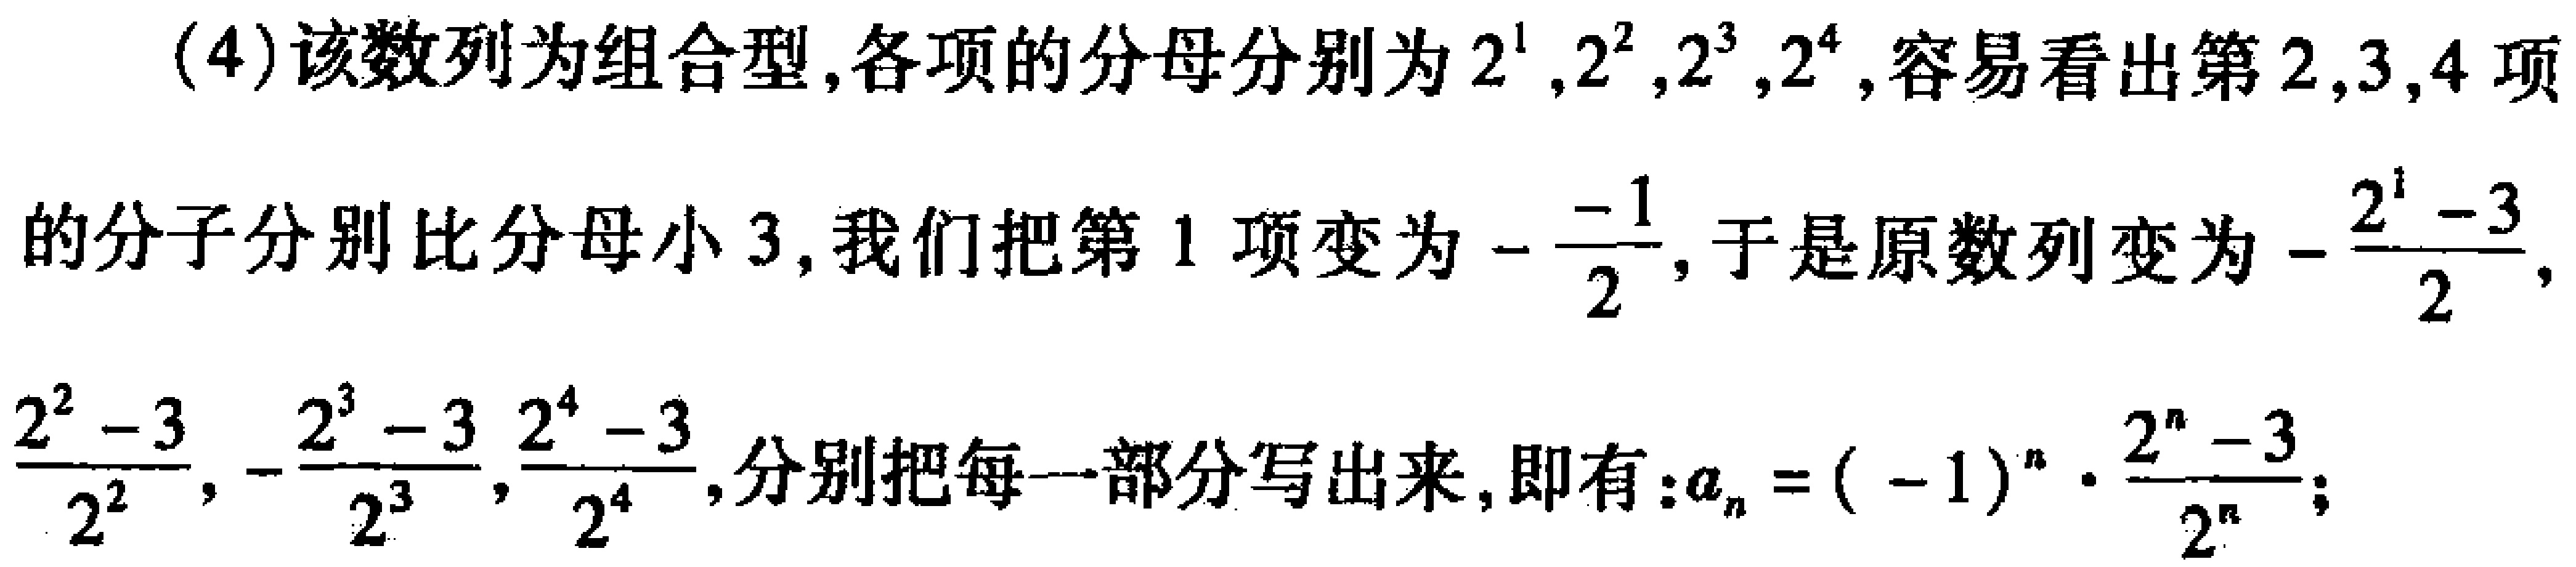
(4)该数列为组合型,各项的分母分别为\(2^{1},2^{2},2^{3},2^{4}\),容易看出第\(2,3,4\)项的分子分别比分母小\(3\),我们把第\(1\)项变为\(-\frac{-1}{2}\),于是原数列变为\(-\frac{2^{1}-3}{2}\),\(\frac{2^{2}-3}{2^{2}},-\frac{2^{3}-3}{2^{3}},\frac{2^{4}-3}{2^{4}}\),分别把每一部分写出来,即有:\(a_{n}=(-1)^{n}\cdot\frac{2^{n}-3}{2^{n}}\);